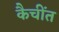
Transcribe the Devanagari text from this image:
कैचींत